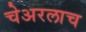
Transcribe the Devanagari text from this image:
चेअरलाच